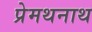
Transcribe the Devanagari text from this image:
प्रेमथनाथ